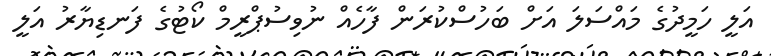
އަލީ ހަމީދުގެ މައްސަލަ އަށް ބަހުސްކުރަން ފާހެއް ނުވިސުޕްރީމް ކޯޓުގެ ފަނޑިޔާރު އަލީ